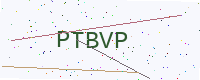
Text: PTBVP